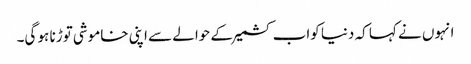
انہوں نے کہا کہ دنیا کواب کشمیرکے حوالے سے اپنی خاموشی توڑنا ہو گی۔